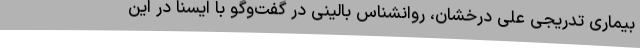
بیماری تدریجی علی درخشان، روانشناس بالینی در گفت‌وگو با ایسنا در این